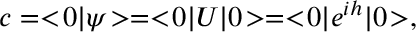
c = < \! 0 | \psi \! > = < \! 0 | U | 0 \! > = < \! 0 | e ^ { i h } | 0 \! > ,